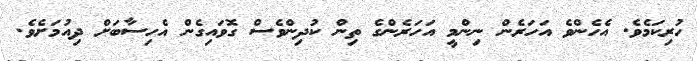
ހުރިކަމެވެ. އެހެންވެ އަހަރެން ނިންމީ އަހަރެންގެ ތިން ކުދިންވެސް ގޮވައިގެން އެހިސާބަށް ދިއުމަށެވެ.